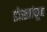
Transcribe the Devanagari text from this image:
डोळ्यांतून